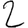
Digit: 2